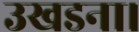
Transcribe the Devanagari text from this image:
उखडना।